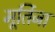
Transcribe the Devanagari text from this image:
मूर्तिजा